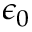
\epsilon _ { 0 }